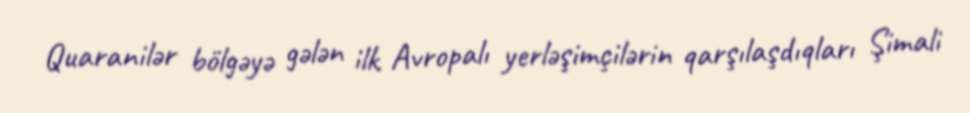
Quaranilər bölgəyə gələn ilk Avropalı yerləşimçilərin qarşılaşdıqları Şimali